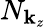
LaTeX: N_{\mathbf{k}_{z}}